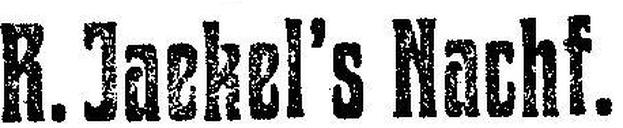
R. Jaekel's Nachf.